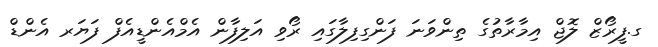
ގ.ފީރޯޒް ލޮޖް އިމާރާތުގެ ތިންވަނަ ފަންގިފިލާގައި ރޯވި އަލިފާން އެމްއެންޑީއެފް ފަޔަރ އެންޑް